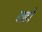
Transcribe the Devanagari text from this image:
ल्हो